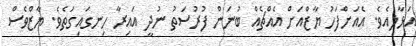
އަޅާލިއެވެ. އެއަށްފަހު ޔާޒްއަށް އެއްޗެއް ބުނަން ފުރުސަތު ނުދީ އައިރާ ހިނގައިގަތެވެ. ޔާޒްވެސް